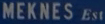
MEKNES Est